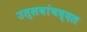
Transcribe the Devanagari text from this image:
उत्सवांबद्दल